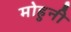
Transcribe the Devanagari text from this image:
मोहुनी